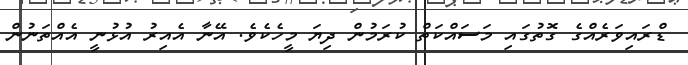
ޑްރައިވަރެއްގެ ގޮތުގައި މަސައްކަތް ކުރަމުން ދިޔަ މީހެކެވެ. އޭނާ އެއިރު އުޅުނީ އެއްތަނުން